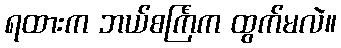
ရထားက ဘယ်စင်္ကြံက ထွက်မလဲ။